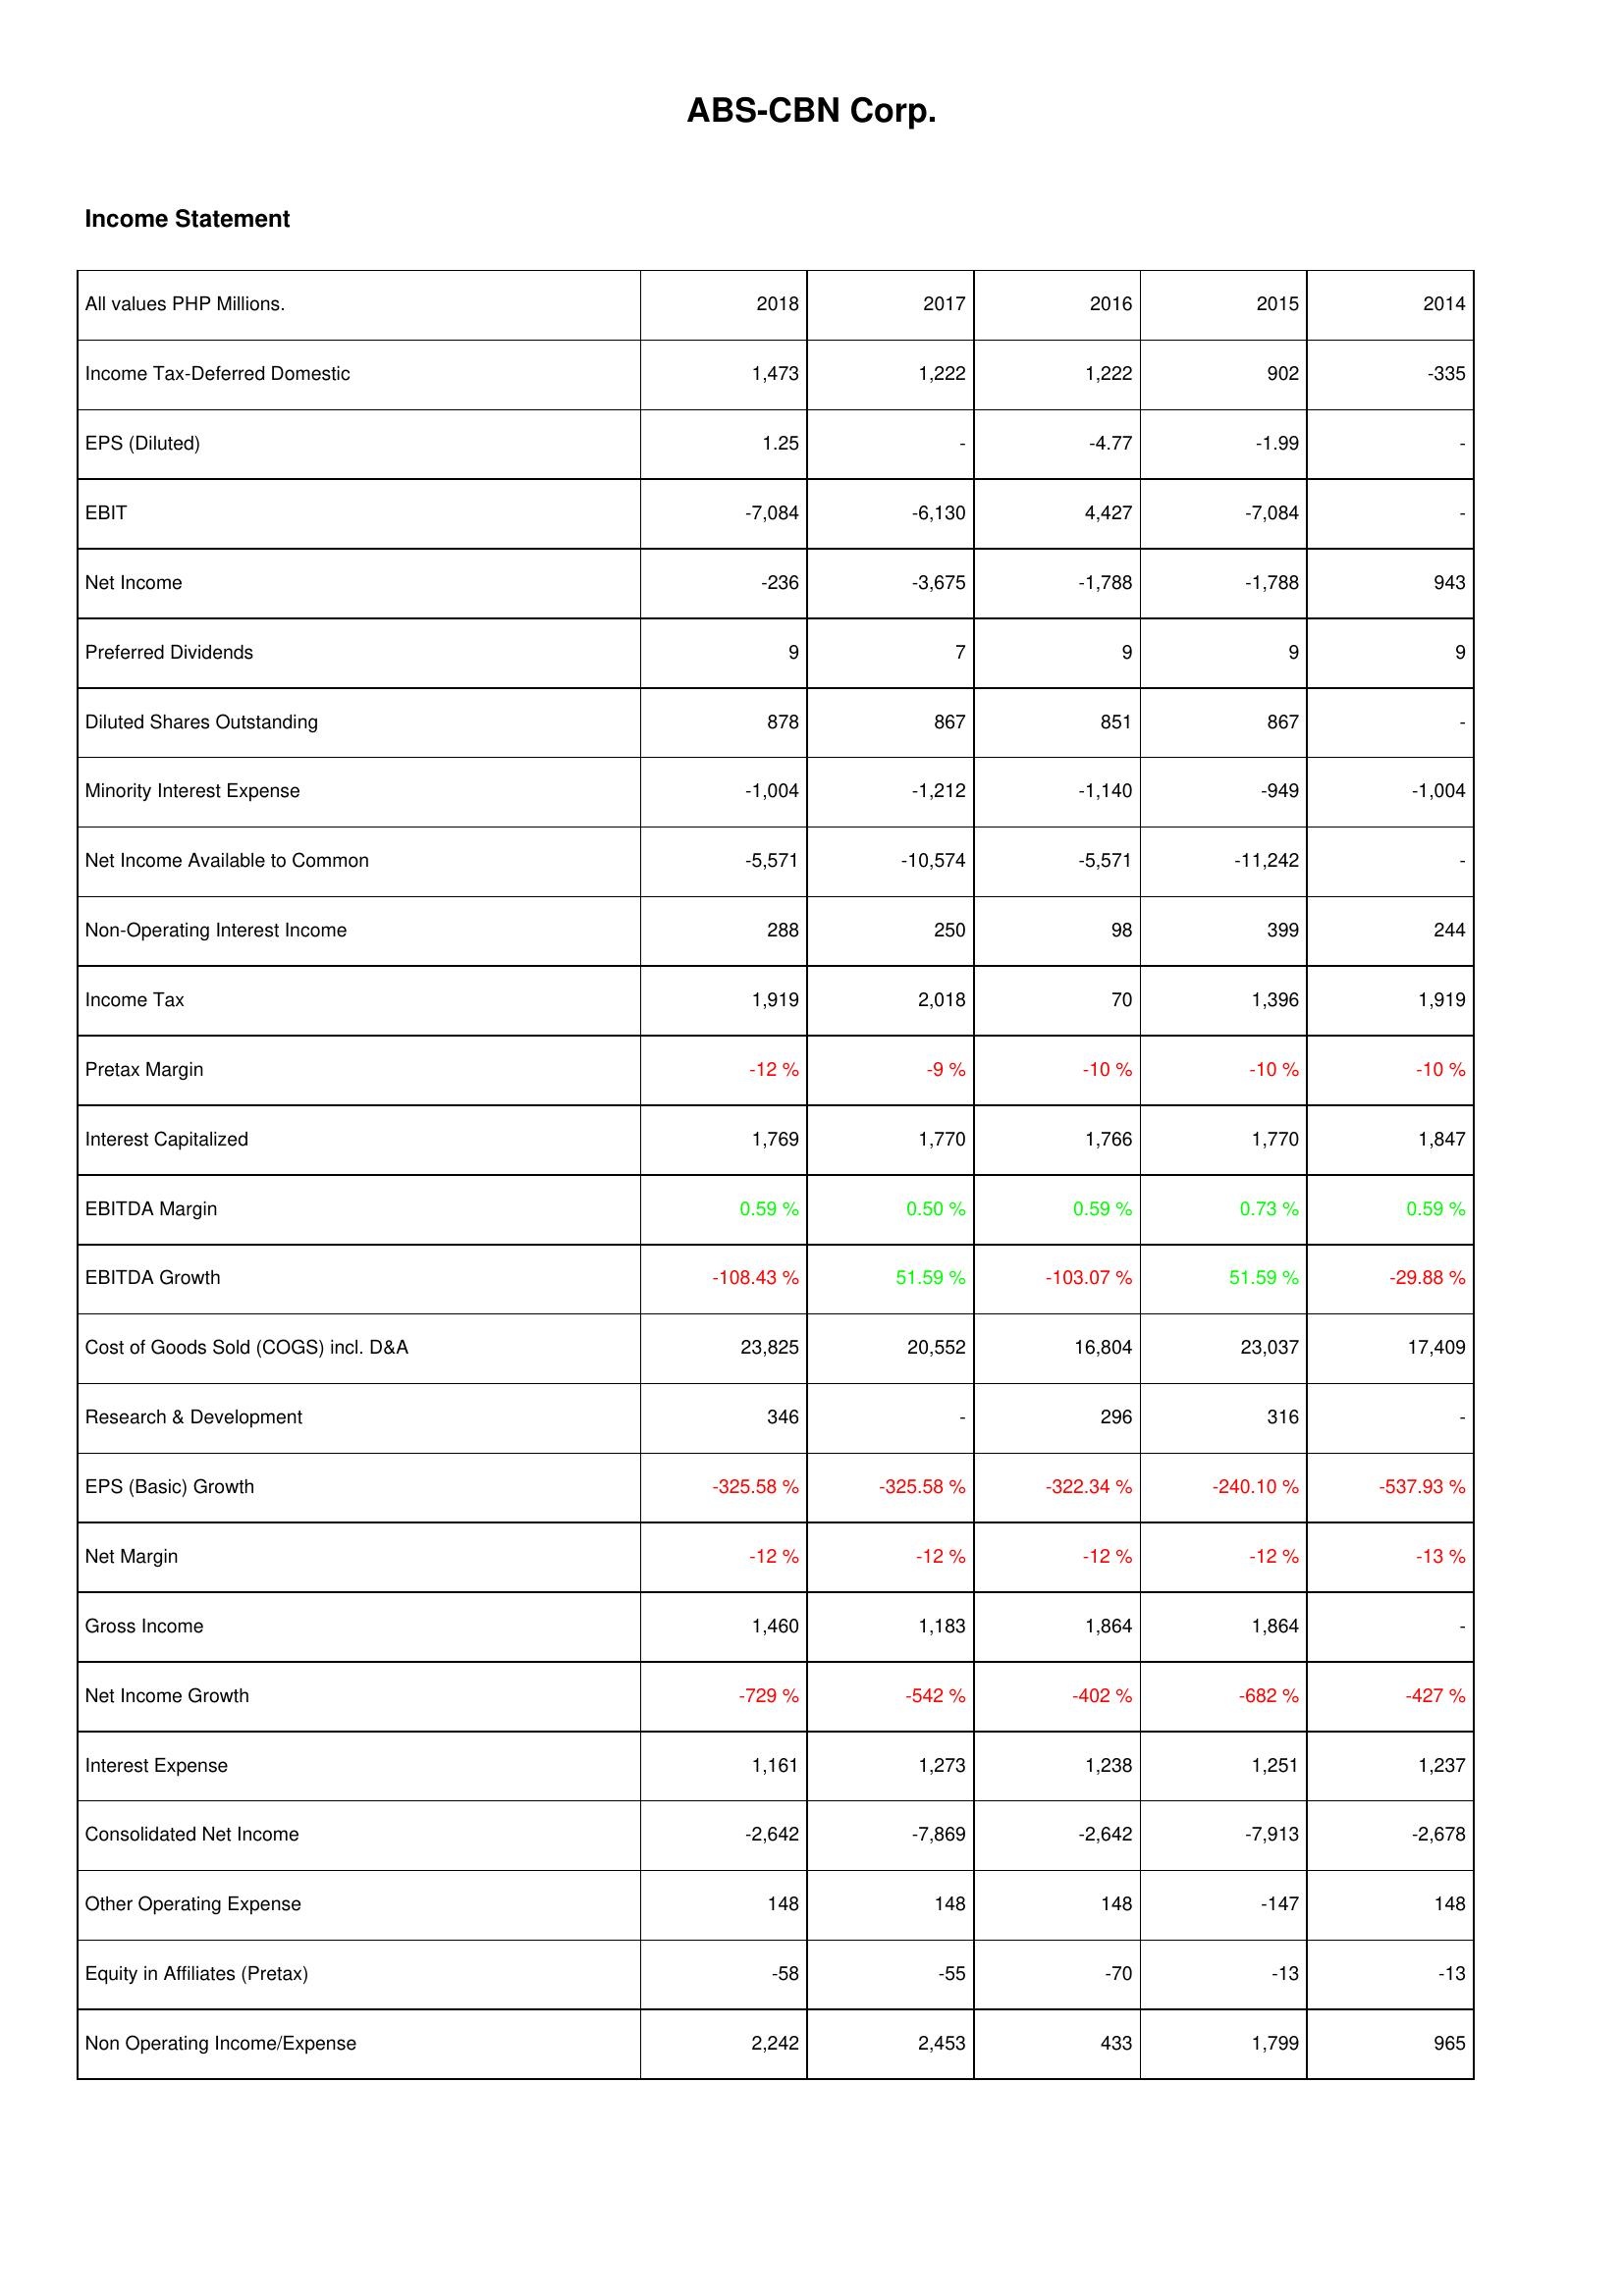
2018: Income Statement: Income Tax-Deferred Domestic: 1,473
EPS (Diluted): 1.25
EBIT: -7,084
Net Income: -236
Preferred Dividends: 9
Diluted Shares Outstanding: 878
Minority Interest Expense: -1,004
Net Income Available to Common: -5,571
Non-Operating Interest Income: 288
Income Tax: 1,919
Pretax Margin: -12 %
Interest Capitalized: 1,769
EBITDA Margin: 0.59 %
EBITDA Growth: -108.43 %
Cost of Goods Sold (COGS) incl. D&A: 23,825
Research & Development: 346
EPS (Basic) Growth: -325.58 %
Net Margin: -12 %
Gross Income: 1,460
Net Income Growth: -729 %
Interest Expense: 1,161
Consolidated Net Income: -2,642
Other Operating Expense: 148
Equity in Affiliates (Pretax): -58
Non Operating Income/Expense: 2,242
2017: Income Statement: Income Tax-Deferred Domestic: 1,222
EPS (Diluted): -
EBIT: -6,130
Net Income: -3,675
Preferred Dividends: 7
Diluted Shares Outstanding: 867
Minority Interest Expense: -1,212
Net Income Available to Common: -10,574
Non-Operating Interest Income: 250
Income Tax: 2,018
Pretax Margin: -9 %
Interest Capitalized: 1,770
EBITDA Margin: 0.50 %
EBITDA Growth: 51.59 %
Cost of Goods Sold (COGS) incl. D&A: 20,552
Research & Development: -
EPS (Basic) Growth: -325.58 %
Net Margin: -12 %
Gross Income: 1,183
Net Income Growth: -542 %
Interest Expense: 1,273
Consolidated Net Income: -7,869
Other Operating Expense: 148
Equity in Affiliates (Pretax): -55
Non Operating Income/Expense: 2,453
2016: Income Statement: Income Tax-Deferred Domestic: 1,222
EPS (Diluted): -4.77
EBIT: 4,427
Net Income: -1,788
Preferred Dividends: 9
Diluted Shares Outstanding: 851
Minority Interest Expense: -1,140
Net Income Available to Common: -5,571
Non-Operating Interest Income: 98
Income Tax: 70
Pretax Margin: -10 %
Interest Capitalized: 1,766
EBITDA Margin: 0.59 %
EBITDA Growth: -103.07 %
Cost of Goods Sold (COGS) incl. D&A: 16,804
Research & Development: 296
EPS (Basic) Growth: -322.34 %
Net Margin: -12 %
Gross Income: 1,864
Net Income Growth: -402 %
Interest Expense: 1,238
Consolidated Net Income: -2,642
Other Operating Expense: 148
Equity in Affiliates (Pretax): -70
Non Operating Income/Expense: 433
2015: Income Statement: Income Tax-Deferred Domestic: 902
EPS (Diluted): -1.99
EBIT: -7,084
Net Income: -1,788
Preferred Dividends: 9
Diluted Shares Outstanding: 867
Minority Interest Expense: -949
Net Income Available to Common: -11,242
Non-Operating Interest Income: 399
Income Tax: 1,396
Pretax Margin: -10 %
Interest Capitalized: 1,770
EBITDA Margin: 0.73 %
EBITDA Growth: 51.59 %
Cost of Goods Sold (COGS) incl. D&A: 23,037
Research & Development: 316
EPS (Basic) Growth: -240.10 %
Net Margin: -12 %
Gross Income: 1,864
Net Income Growth: -682 %
Interest Expense: 1,251
Consolidated Net Income: -7,913
Other Operating Expense: -147
Equity in Affiliates (Pretax): -13
Non Operating Income/Expense: 1,799
2014: Income Statement: Income Tax-Deferred Domestic: -335
EPS (Diluted): -
EBIT: -
Net Income: 943
Preferred Dividends: 9
Diluted Shares Outstanding: -
Minority Interest Expense: -1,004
Net Income Available to Common: -
Non-Operating Interest Income: 244
Income Tax: 1,919
Pretax Margin: -10 %
Interest Capitalized: 1,847
EBITDA Margin: 0.59 %
EBITDA Growth: -29.88 %
Cost of Goods Sold (COGS) incl. D&A: 17,409
Research & Development: -
EPS (Basic) Growth: -537.93 %
Net Margin: -13 %
Gross Income: -
Net Income Growth: -427 %
Interest Expense: 1,237
Consolidated Net Income: -2,678
Other Operating Expense: 148
Equity in Affiliates (Pretax): -13
Non Operating Income/Expense: 965